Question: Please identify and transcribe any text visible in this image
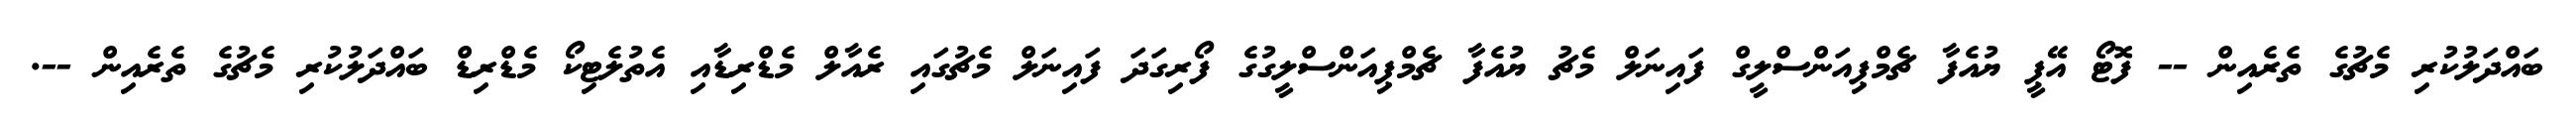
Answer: ބައްދަލުކުރި މެޗުގެ ތެރެއިން -- ފޮޓޯ އޭޕީ ޔުއެފާ ޗެމްޕިއަންސްލީގް ފައިނަލް މެޗު ޔުއެފާ ޗެމްޕިއަންސްލީގުގެ ފޯރިގަދަ ފައިނަލް މެޗުގައި ރެއާލް މެޑްރިޑާއި އެތުލެޓިކޯ މެޑްރިޑް ބައްދަލުކުރި މެޗުގެ ތެރެއިން --.